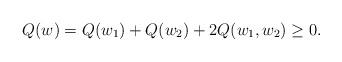
LaTeX: \begin{align*}Q(w) = Q(w_1) + Q(w_2) + 2 Q(w_1, w_2) \geq 0.\end{align*}